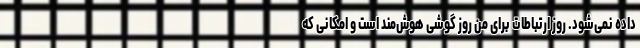
داده نمی‌شود. روز ارتباطات برای من روز گوشی هوش‌مند است و امکانی که